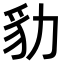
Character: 𧲡